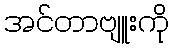
အင်တာဗျူးကို